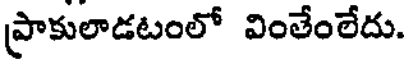
ప్రాకులాడటంలో వింతేంలేదు.